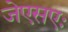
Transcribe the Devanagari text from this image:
जेएसएः